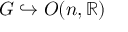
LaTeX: G \hookrightarrow O ( n , \mathbb { R } )